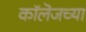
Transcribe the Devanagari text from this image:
काॅलॆजच्या